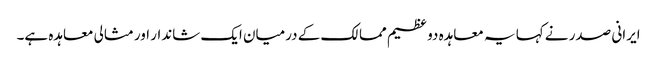
ایرانی صدر نے کہا یہ معاہدہ دو عظیم ممالک کے درمیان ایک شاندار اور مثالی معاہدہ ہے۔